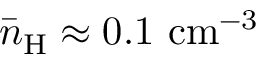
\bar { n } _ { \mathrm { H } } \approx 0 . 1 ~ \mathrm { c m } ^ { - 3 }